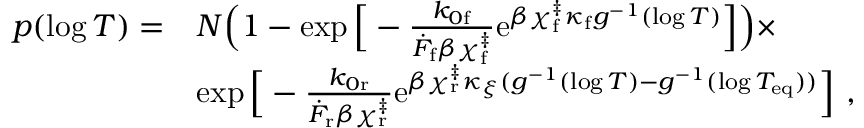
\begin{array} { r l } { p ( \log T ) = } & { N \Big ( 1 - \exp \Big [ - \frac { k _ { 0 \mathrm { f } } } { \dot { F } _ { \mathrm { f } } \beta \chi _ { \mathrm { f } } ^ { \ddag } } \mathrm { e } ^ { \beta \chi _ { \mathrm { f } } ^ { \ddag } \kappa _ { \mathrm { f } } g ^ { - 1 } ( \log T ) } \Big ] \Big ) \times } \\ & { \exp \Big [ - \frac { k _ { 0 \mathrm { r } } } { \dot { F } _ { \mathrm { r } } \beta \chi _ { \mathrm { r } } ^ { \ddag } } \mathrm { e } ^ { \beta \chi _ { \mathrm { r } } ^ { \ddag } \kappa _ { \xi } ( g ^ { - 1 } ( \log T ) - g ^ { - 1 } ( \log T _ { \mathrm { e q } } ) ) } \Big ] ~ , } \end{array}